Vaccination in Burma 1900-1911 - 1900-1911
Year: 1900
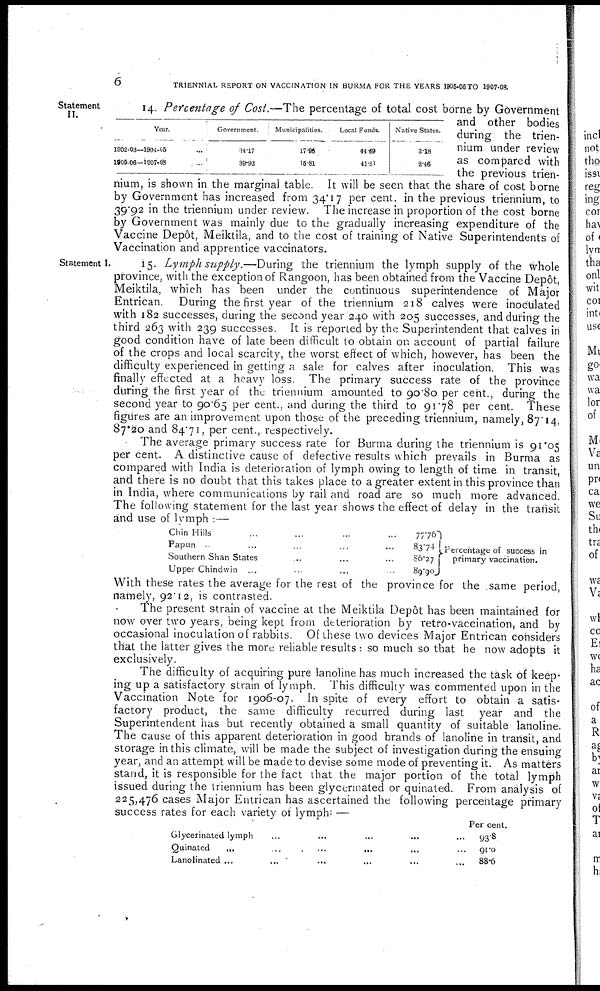
6
TRIENNIAL REPORT ON VACCINATION IN BURMA FOR THE YEARS 1905-06 TO 1907-08.
Statement
II.
Year.
1902-03—1904-05 ...
1905-06—1907-08 ...
Government.
34.17
39.92
Municipalities.
17.96
15.81
Local Funds.
44.69
41.81
Native States.
3.18
2.46
14. Percentage of Cost.—The percentage of total cost borne by Government
and other bodies
during the trien-
nium under review
as compared with
the previous trien-
nium, is shown in the marginal table. It will be seen that the share of cost borne
by Government has increased from 34.17 per cent. in the previous triennium, to
39.92 in the triennium under review. The increase in proportion of the cost borne
by Government was mainly due to the gradually increasing expenditure of the
Vaccine Depôt, Meiktila, and to the cost of training of Native Superintendents of
Vaccination and apprentice vaccinators.
Statement I.
15. Lymph supply.—During the triennium the lymph supply of the whole
province, with the exception of Rangoon, has been obtained from the Vaccine Depôt,
Meiktila, which has been under the continuous superintendence of Major
Entrican. During the first year of the triennium 218 calves were inoculated
with 182 successes, during the second year 240 with 205 successes, and during the
third 263 with 239 successes. It is reported by the Superintendent that calves in
good condition have of late been difficult to obtain on account of partial failure
of the crops and local scarcity, the worst effect of which, however, has been the
difficulty experienced in getting a sale for calves after inoculation. This was
finally effected at a heavy loss. The primary success rate of the province
during the first year of the triennium amounted to 90.80 per cent., during the
second year to 90.65 per cent., and during the third to 91.78 per cent. These
figures are an improvement upon those of the preceding triennium, namely, 87.14,
87.20 and 84.71, per cent., respectively.
The average primary success rate for Burma during the triennium is 91.05
per cent. A distinctive cause of defective results which prevails in Burma as
compared with India is deterioration of lymph owing to length of time in transit,
and there is no doubt that this takes place to a greater extent in this province than
in India, where communications by rail and road are so much more advanced.
The following statement for the last year shows the effect of delay in the transit
and use of lymph :—
Chin Hills ... ... ... ...
Papun ... ... ... ...
Southern Shan States ... ... ... ...
Upper Chindwin ... ... ... ...
77.76
83.74
86.27
89.90
Percentage of success in
primary vaccination.
With these rates the average for the rest of the province for the same period,
namely, 92.12, is contrasted.
The present strain of vaccine at the Meiktila Depôt has been maintained for
now over two years, being kept from deterioration by retro-vaccination, and by
occasional inoculation of rabbits. Of these two devices Major Entrican considers
that the latter gives the more reliable results: so much so that he now adopts it
exclusively.
The difficulty of acquiring pure lanoline has much increased the task of keep-
ing up a satisfactory strain of lymph. This difficulty was commented upon in the
Vaccination Note for 1906-07. In spite of every effort to obtain a satis-
factory product, the same difficulty recurred during last year and the
Superintendent has but recently obtained a small quantity of suitable lanoline.
The cause of this apparent deterioration in good brands of lanoline in transit, and
storage in this climate, will be made the subject of investigation during the ensuing
year, and an attempt will be made to devise some mode of preventing it. As matters
stand, it is responsible for the fact that the major portion of the total lymph
issued during the triennium has been glycerinated or quinated. From analysis of
225,476 cases Major Entrican has ascertained the following percentage primary
success rates for each variety of lymph: —
Glycerinated lymph ... ... ... ... ...
Quinated ... ... ... ... ... ...
Lanolinated ... ... ... ... ...
Per cent.
93.8
91.0
88.6